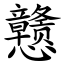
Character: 戆